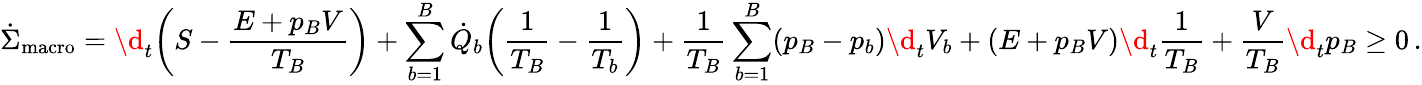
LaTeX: \dot{\Sigma}_{\mathrm{macro}}=\d_{t}\bigg(S-\frac{E+p_{B}V}{T_{B}}\bigg)+\sum_{b=1}^{B}\dot{Q}_{b}\bigg(\frac{1}{T_{B}}-\frac{1}{T_{b}}\bigg)+\frac{1}{T_{B}}\sum_{b=1}^{B}(p_{B}-p_{b})\d_{t}V_{b}+(E+p_{B}V)\d_{t}\frac{1}{T_{B}}+\frac{V}{T_{B}}\d_{t}p_{B}\geq 0\, .